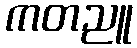
ကတညူ